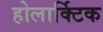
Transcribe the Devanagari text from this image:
होलार्क्टिक